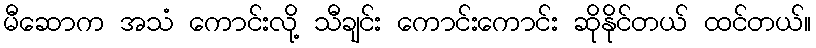
မီဆောက အသံ ကောင်းလို့ သီချင်း ကောင်းကောင်း ဆိုနိုင်တယ် ထင်တယ်။